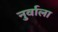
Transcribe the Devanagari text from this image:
नुर्वाला